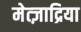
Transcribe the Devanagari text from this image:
मेत्ज़ाद्रिया